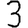
Digit: 3